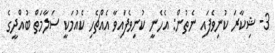
3- ޝިކާރަ ކުނިވެފައި ނެތުން: އެހެނީ ކުނިވެފައިވާ އެއްޗެހި ކެއުމަކީ ސަލާމަތް ބުއްދީގެ